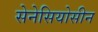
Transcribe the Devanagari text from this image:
सेनेसियोसीन